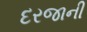
દરજાની